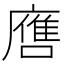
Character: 噟